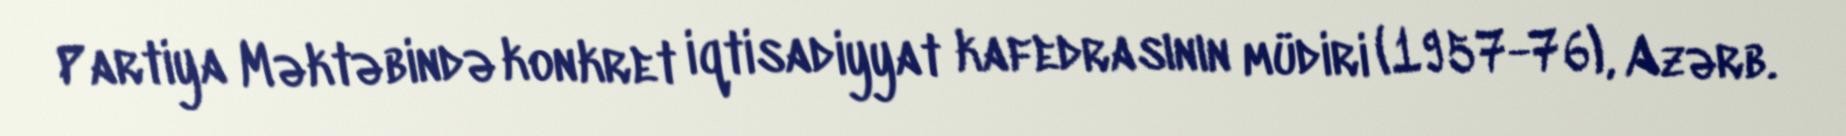
Partiya Məktəbində konkret iqtisadiyyat kafedrasının müdiri (1957-76), Azərb.